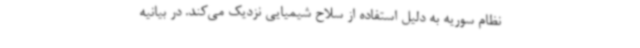
نظام سوریه به دلیل استفاده از سلاح شیمیایی نزدیک می‌کند. در بیانیه